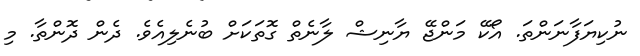
ނުކިޔަފާނަންތަ. އޯކޭ މަންޖޭ ޔާނިޝް ލާނެތް ގޮތަކަށް ބުނެލިއެވެ. ދެން ދޮންތާ. މި